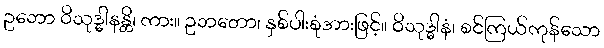
ဥဘော ဝိသုဒ္ဓါနန္တိ၊ ကား။ ဥဘတော၊ နှစ်ပါးစုံအားဖြင့်။ ဝိသုဒ္ဓါနံ၊ စင်ကြယ်ကုန်သော